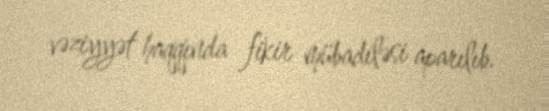
vəziyyət haqqında fikir mübadiləsi aparılıb.